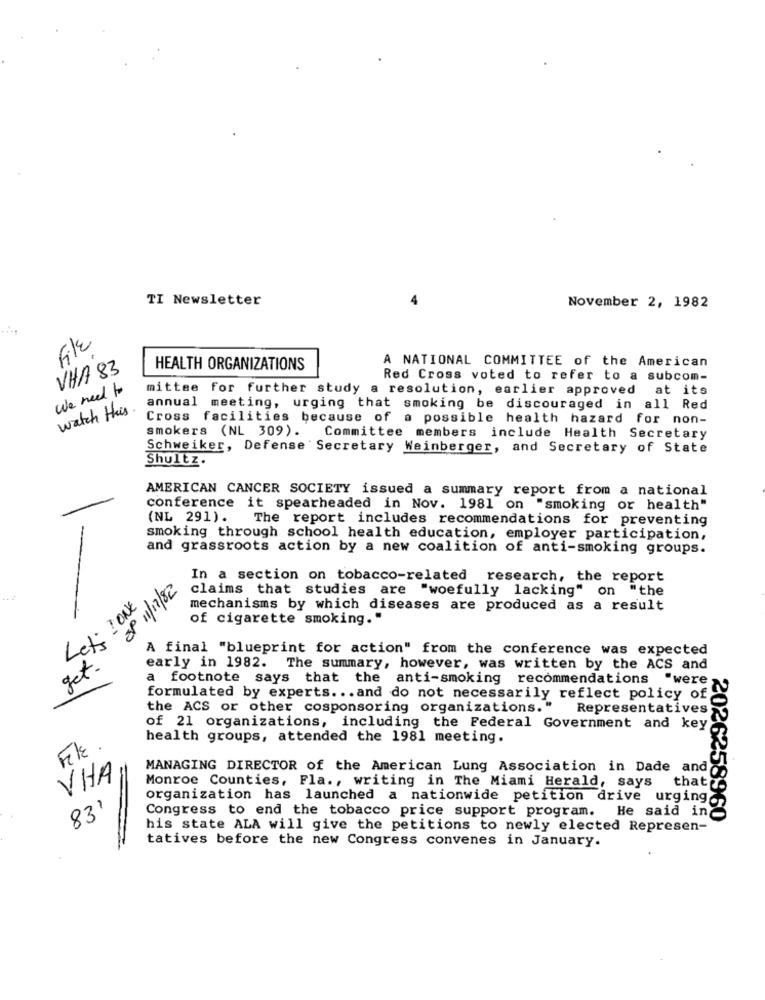
TI Newsletter
November 2, 1982
File
VHA 83
HEALTH ORGANIZATIONS
A NATIONAL COMMITTEE of the American
Red Cross voted to refer to a subcom-
We need to
mittee for further study a resolution, earlier approved at its
watch this.
annual meeting, urging that smoking be discouraged in all Red
Cross facilities because of a possible health hazard for non-
smokers (NL 309). Committee members include Health Secretary
Schweiker, Defense Secretary Weinberger, and Secretary of State
Shultz.
AMERICAN CANCER SOCIETY issued a summary report from a national
conference it spearheaded in Nov. 1981 on "smoking or health"
(NL 291).
The report includes recommendations for preventing
smoking through school health education, employer participation,
and grassroots action by a new coalition of anti-smoking groups.
-
In a section on tobacco-related research, the report
claims that studies are "woefully lacking" on "the
Leti I ONE,
mechanisms by which diseases are produced as a result
of cigarette smoking."
28/11/11 88
A final "blueprint for action" from the conference was expected
get.
early in 1982. The summary, however, was written by the ACS and
a footnote says that the anti-smoking recommendations "were
formulated by experts ... and do not necessarily reflect policy of
the ACS or other cosponsoring organizations."
Representatives
of 21 organizations, including the Federal Government and key
health groups, attended the 1981 meeting.
File .
MANAGING DIRECTOR of the American Lung Association in Dade and
VHA
Monroe Counties, Fla ., writing in The Miami Herald, says thatr.
organization has launched a nationwide petition drive urging-
83'
Congress to end the tobacco price support program. He said inc
2026258960
his state ALA will give the petitions to newly elected Represen-
tatives before the new Congress convenes in January.